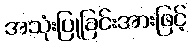
အသုံးပြုခြင်းအားဖြင့်